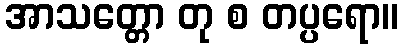
အာသတ္တော တု စ တပ္ပရော။